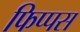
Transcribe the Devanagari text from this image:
फिप्पस